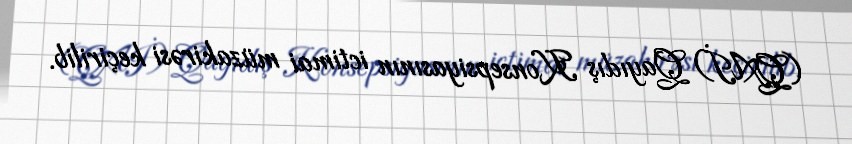
(QAİ) Qayıdış Konsepsiyasının ictimai müzakirəsi keçirilib.